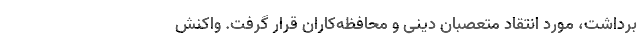
برداشت، مورد انتقاد متعصبان دینی و محافظه‌کاران قرار گرفت. واکنش